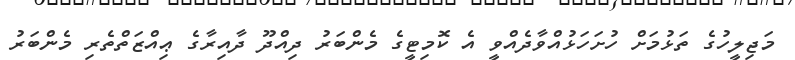
މަޖިލީހުގެ ތަޅުމަށް ހުށަހަޅުއްވާދެއްވީ އެ ކޮމިޓީގެ މެންބަރު ދިއްދޫ ދާއިރާގެ ޢިއްޒަތްތެރި މެންބަރު